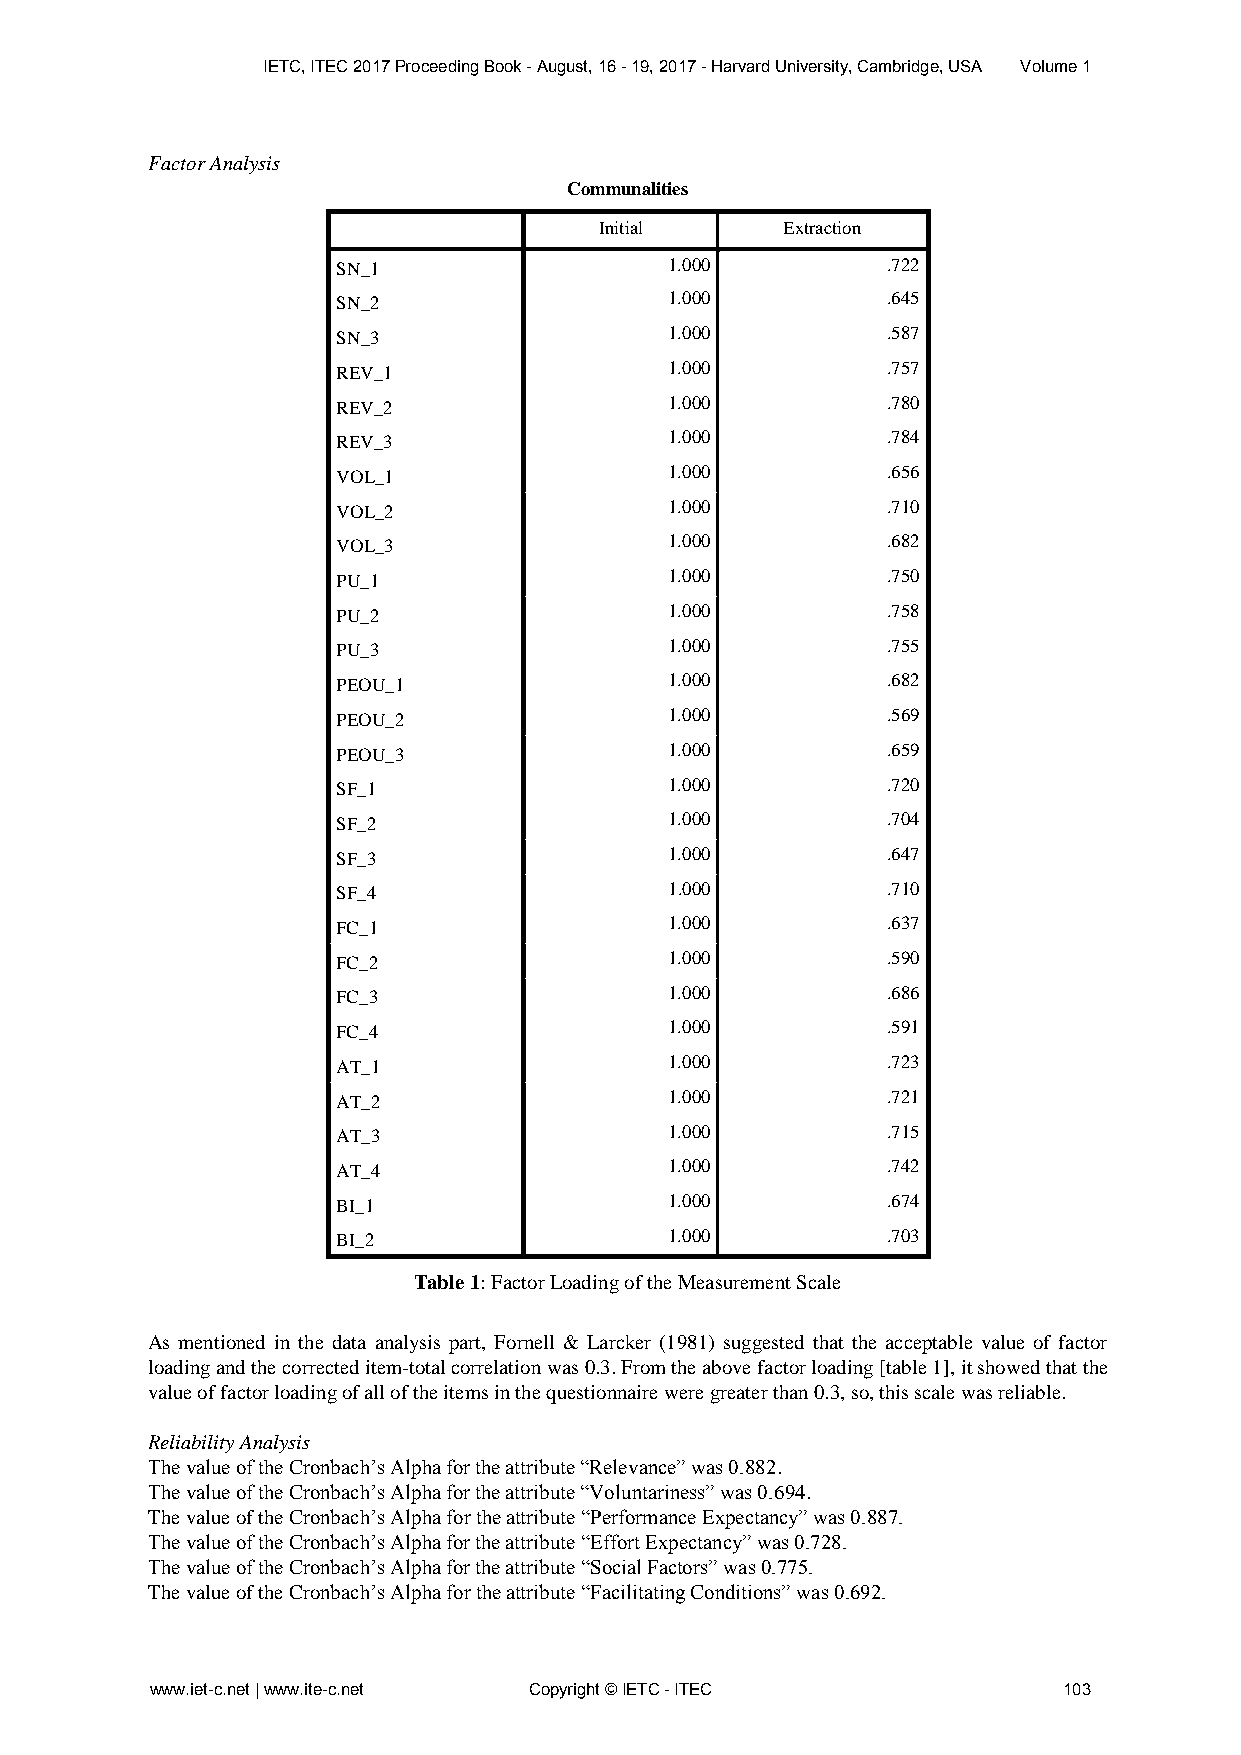
IETC, ITEC 2017 Proceeding Book - August, 16 - 19, 2017 - Harvard University, Cambridge, USA Volume 1
 Factor Analysis
 Communalities
 Initial     Extraction
 SN_1                  1.000          .722
 SN_2                  1.000          .645
 SN_3                  1.000          .587
 REV_1                 1.000          .757
 REV_2                 1.000          .780
 REV_3                 1.000          .784
 VOL_1                 1.000          .656
 VOL_2                 1.000          .710
 VOL_3                 1.000          .682
 PU_1                  1.000          .750
 PU_2                  1.000          .758
 PU_3                  1.000          .755
 PEOU_1                1.000          .682
 PEOU_2                1.000          .569
 PEOU_3                1.000          .659
 SF_1                  1.000          .720
 SF_2                  1.000          .704
 SF_3                  1.000          .647
 SF_4                  1.000          .710
 FC_1                  1.000          .637
 FC_2                  1.000          .590
 FC_3                  1.000          .686
 FC_4                  1.000          .591
 AT_1                  1.000          .723
 AT_2                  1.000          .721
 AT_3                  1.000          .715
 AT_4                  1.000          .742
 BI_1                  1.000          .674
 BI_2                  1.000          .703
 Table 1: Factor Loading of the Measurement Scale
 As mentioned in the data analysis part, Fornell & Larcker (1981) suggested that the acceptable value of factor
 loading and the corrected item-total correlation was 0.3. From the above factor loading [table 1], it showed that the
 value of factor loading of all of the items in the questionnaire were greater than 0.3, so, this scale was reliable.
 Reliability Analysis
 The value of the Cronbach’s Alpha for the attribute “Relevance” was 0.882.
 The value of the Cronbach’s Alpha for the attribute “Voluntariness” was 0.694.
 The value of the Cronbach’s Alpha for the attribute “Performance Expectancy” was 0.887.
 The value of the Cronbach’s Alpha for the attribute “Effort Expectancy” was 0.728.
 The value of the Cronbach’s Alpha for the attribute “Social Factors” was 0.775.
 The value of the Cronbach’s Alpha for the attribute “Facilitating Conditions” was 0.692.
 www.iet-c.net | www.ite-c.net Copyright © IETC - ITEC       103